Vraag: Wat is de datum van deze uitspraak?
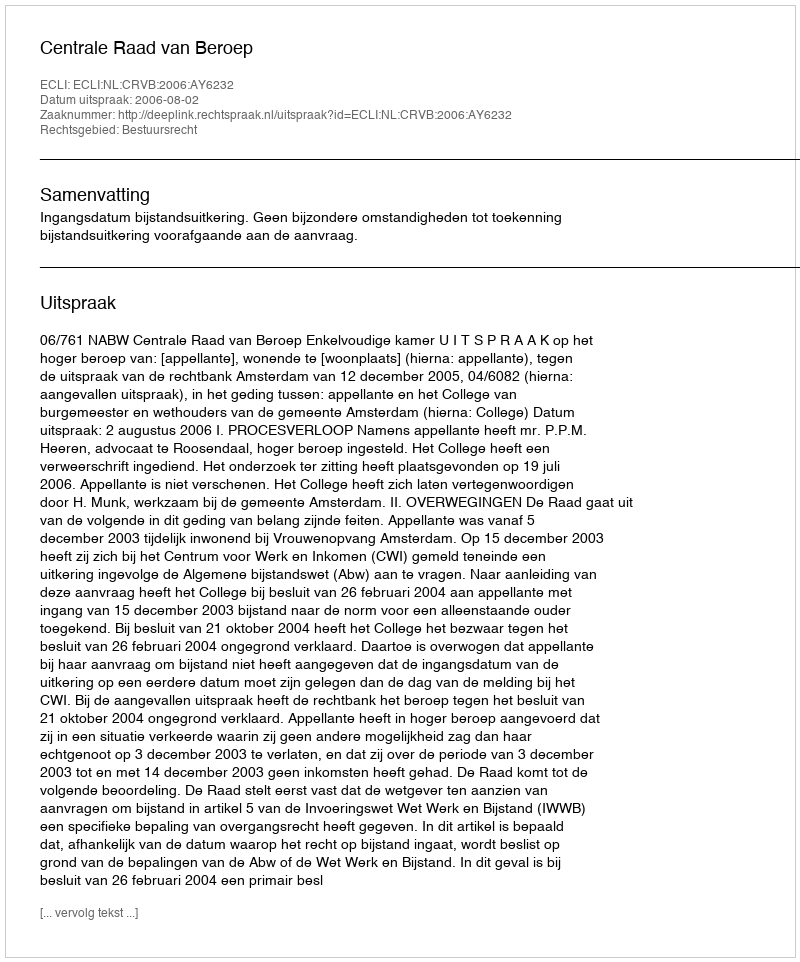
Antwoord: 2006-08-02